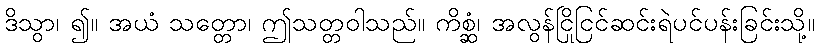
ဒိသွာ၊ ၍။ အယံ သတ္တော၊ ဤသတ္တဝါသည်။ ကိစ္ဆံ၊ အလွန်ငြိုငြင်ဆင်းရဲပင်ပန်းခြင်းသို့။